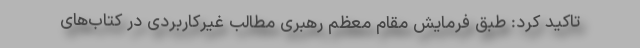
تاکید کرد: طبق فرمایش مقام معظم رهبری مطالب غیرکاربردی در کتاب‌های